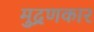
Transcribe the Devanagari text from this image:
मुद्रणकार